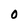
Character: 0